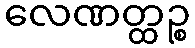
လေဏတ္ထဉ္စ